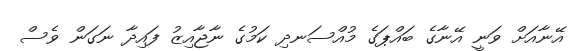
އޭނާއަށް ވަނީ އޭނާގެ ބައްޕަގެ މުއްސަނދި ކަމުގެ ނާޖާއިޒު ފައިދާ ނަގަން ވެސް